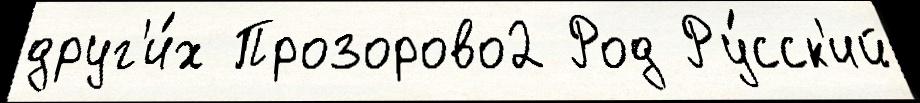
друг'и́х Прозорово2 Род Ру́сск'ий